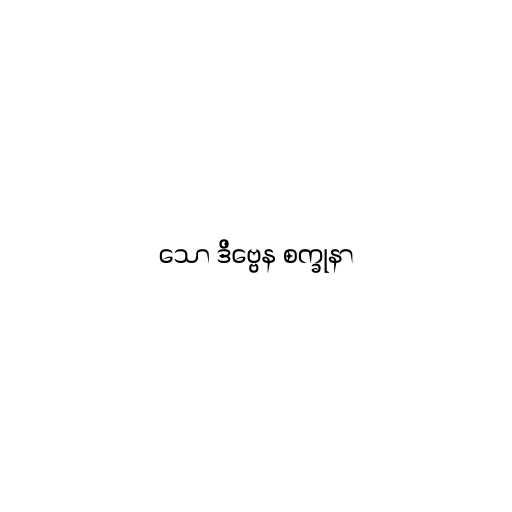
သော ဒိဗ္ဗေန စက္ခုနာ